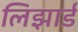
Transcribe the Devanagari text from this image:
लिझार्ड